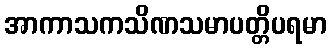
အာကာသကသိဏသမာပတ္တိပရမာ